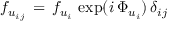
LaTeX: f _ { u _ { i j } } \, = \, f _ { u _ { i } } \, \exp ( i \, \Phi _ { u _ { i } } ) \, \delta _ { i j }